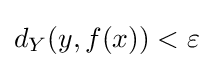
d_{Y}(y,f(x))<\varepsilon